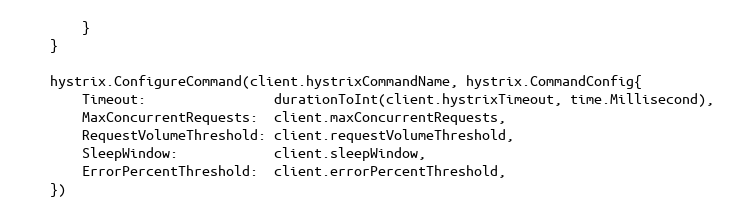
Language: Go
		}
	}

	hystrix.ConfigureCommand(client.hystrixCommandName, hystrix.CommandConfig{
		Timeout:                durationToInt(client.hystrixTimeout, time.Millisecond),
		MaxConcurrentRequests:  client.maxConcurrentRequests,
		RequestVolumeThreshold: client.requestVolumeThreshold,
		SleepWindow:            client.sleepWindow,
		ErrorPercentThreshold:  client.errorPercentThreshold,
	})